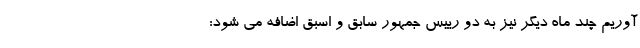
آوریم چند ماه دیگر نیز به دو رییس جمهور سابق و اسبق اضافه می شود: